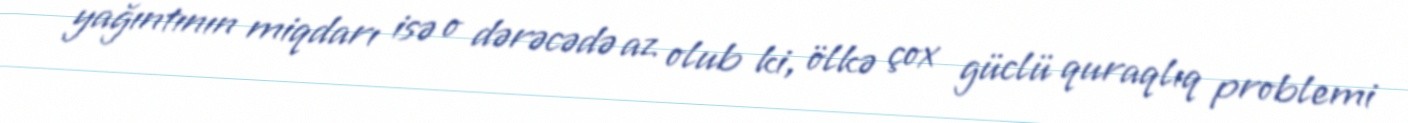
yağıntının miqdarı isə o dərəcədə az olub ki, ölkə çox güclü quraqlıq problemi